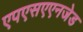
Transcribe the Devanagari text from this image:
एपएसएएनजेड